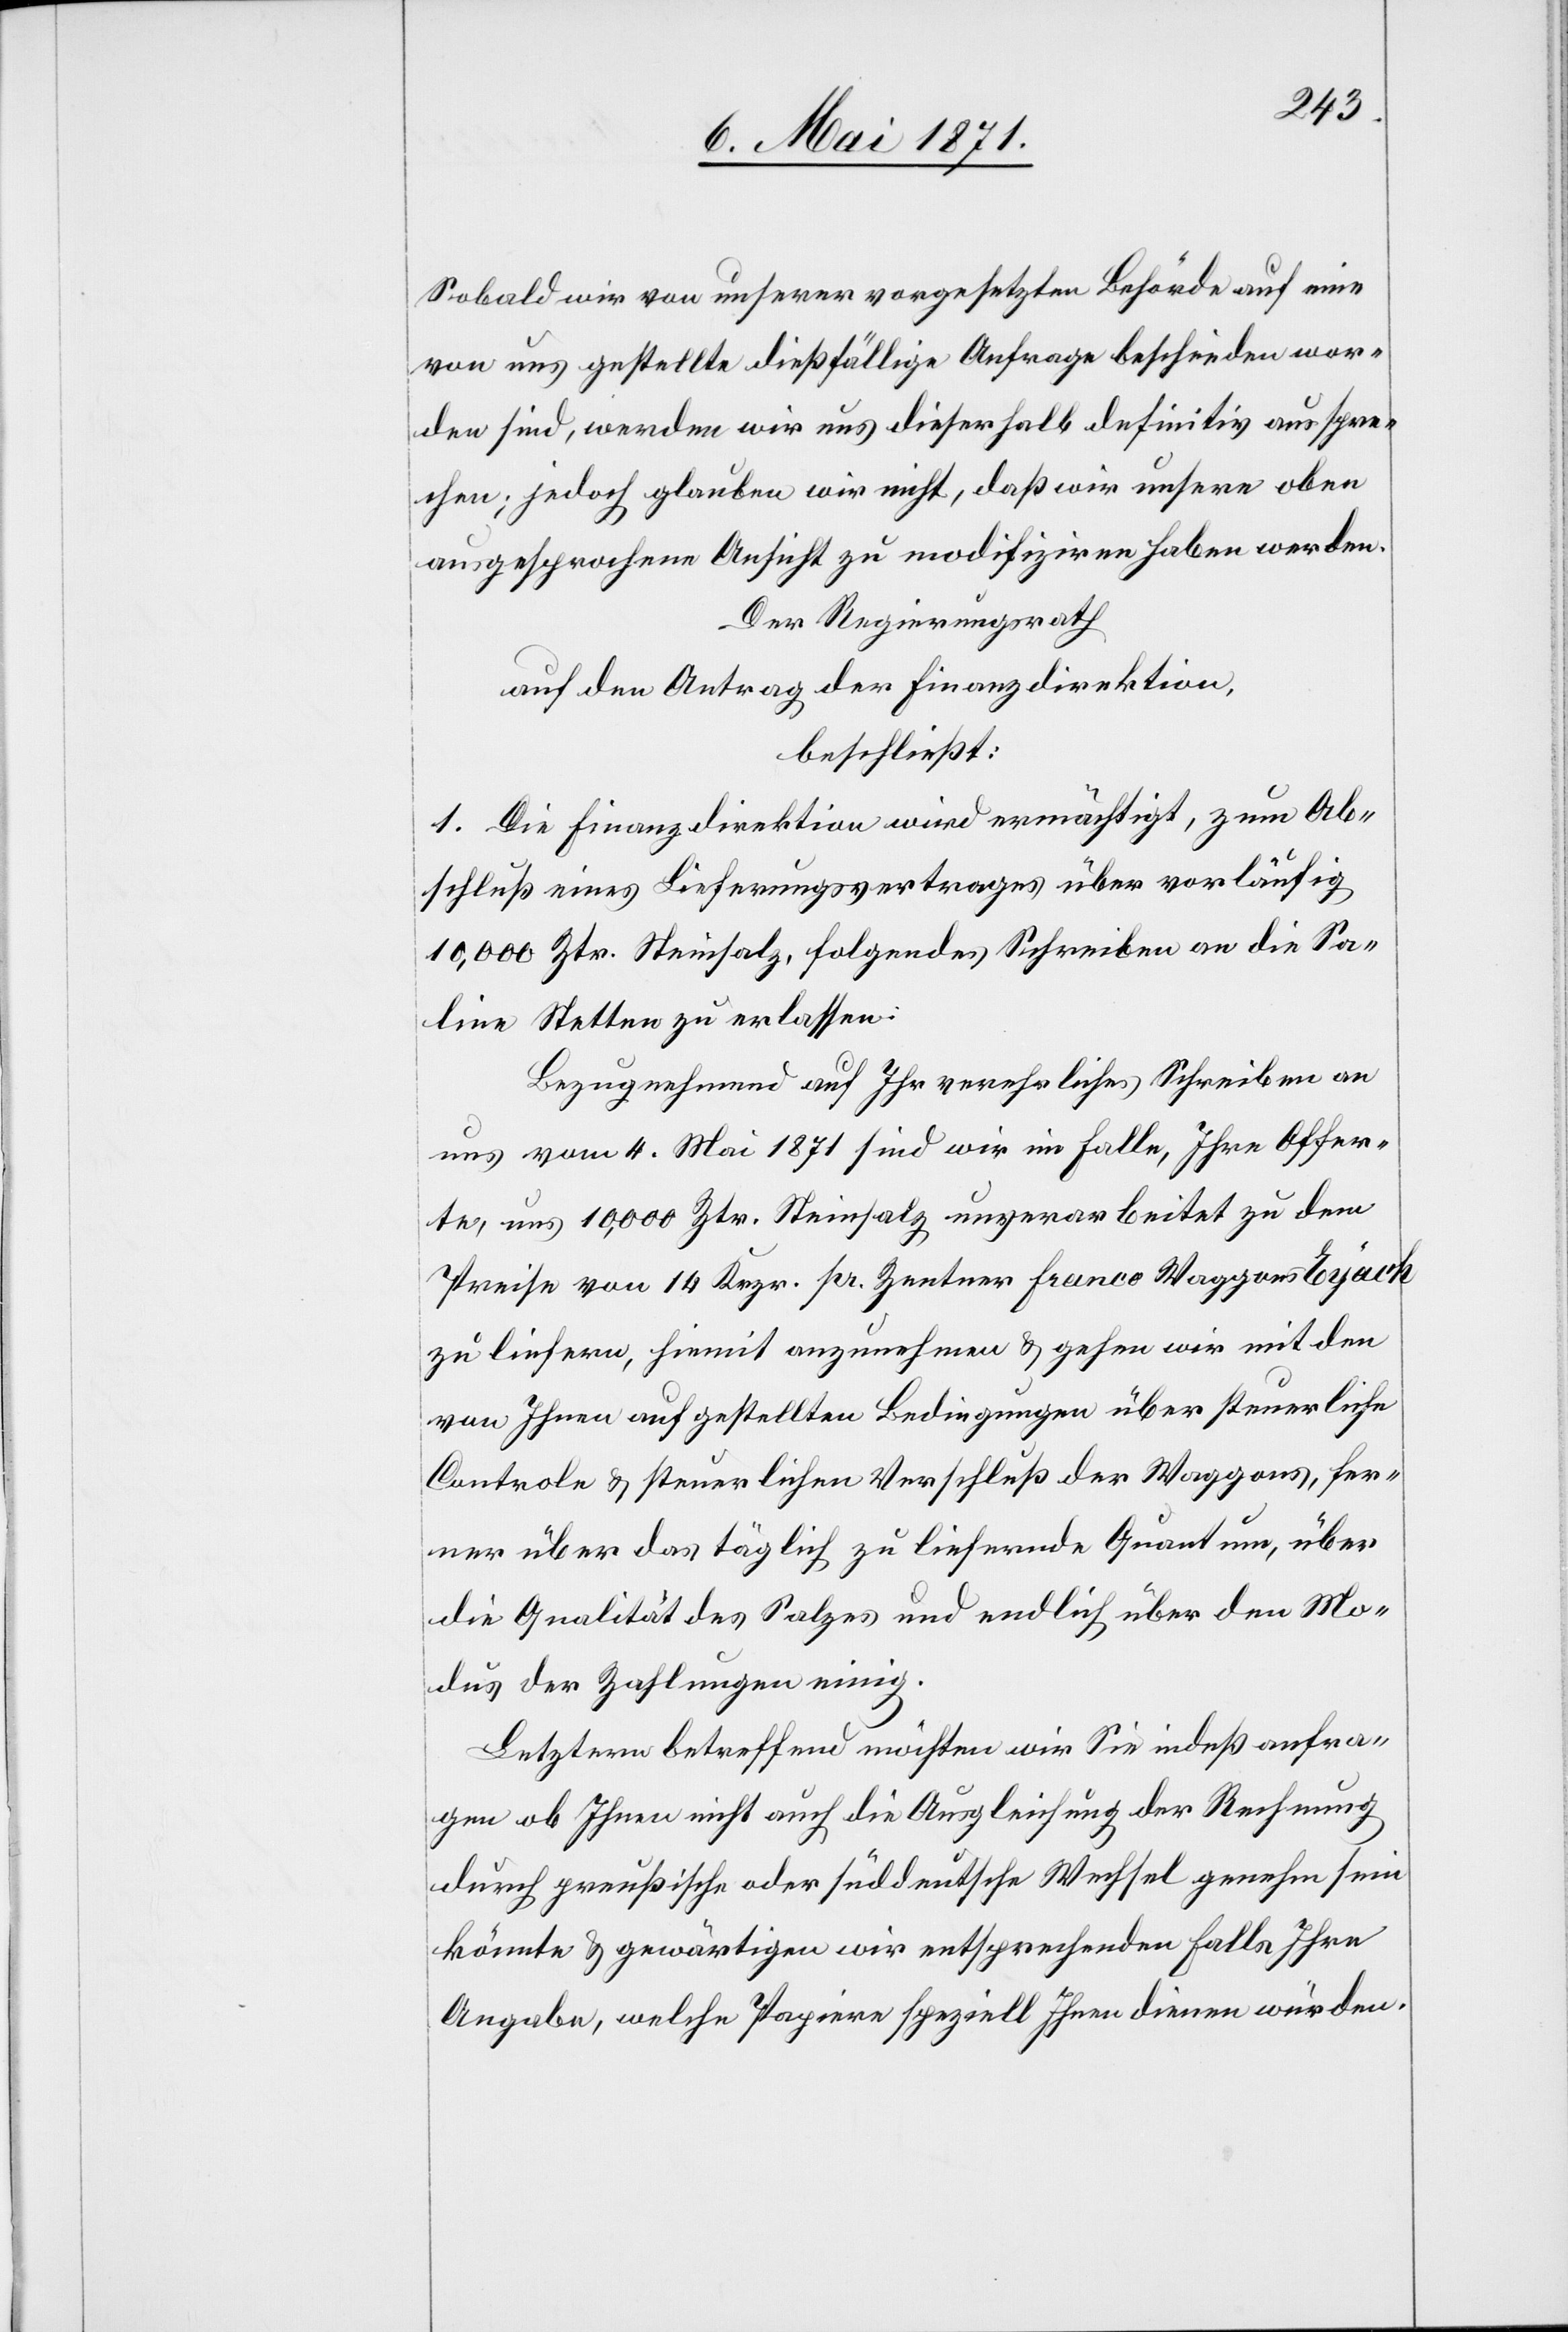
Sobald wir von unserer vorgesetzten Behörde auf eine
von uns gestellte dießfällige Anfrage beschieden wor¬
den sind, werden wir uns dieserhalb definitiv ausspre¬
chen; jedoch glauben wir nicht, daß wir unsere oben
ausgesprochene Ansicht zu modifiziren haben werden.
Der Regierungsrath
auf den Antrag der Finanzdirektion,
beschließt:
1. Die Finanzdirektion wird ermächtigt, zum Ab¬
schluß eines Lieferungsvertrages über vorläufig
10,000 Ztr. Steinsalz, folgendes Schreiben an die Sa¬
line Stetten zu erlassen:
Bezugnehmend auf Ihr verehrliches Schreiben an
uns vom 4. Mai 1871 sind wir im Falle, Ihre Offer¬
te, uns 10,000 Ztr. Steinsalz unverarbeitet zu dem
Preise von 14 Krzr. pr. Zentner franco Waggons Eyach
zu liefern, hiemit anzunehmen u. gehen wir mit den
von Ihnen aufgestellten Bedingungen über steuerliche
Controle u. steuerlichen Verschluß der Waggons, fer¬
ner über das täglich zu liefernde Quantum, über
die Qualität des Salzes und endlich über den Mo¬
dus der Zahlungen einig.
Letztern betreffend möchten wir Sie indeß anfra¬
gen ob Ihnen nicht auch die Ausgleichung der Rechnung
durch preußische oder süddeutsche Wechsel genehm sein
könnte u. gewärtigen wir entsprechenden Falls Ihre
Angabe, welche Papiere speziell Ihnen dienen würden.